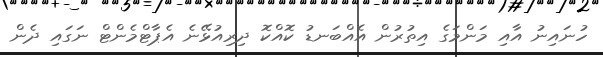
ހުނައިނު އާއި މަންމަގެ އިތުރުން އެއްބަނޑު ކޮއްކޮ ދިރިއުޅޭނެ އެޕާޓްމެންޓް ނަގައި ދެން